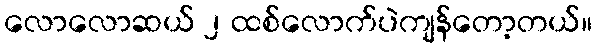
လောလောဆယ် ၂ ထစ်လောက်ပဲကျန်တော့တယ်။